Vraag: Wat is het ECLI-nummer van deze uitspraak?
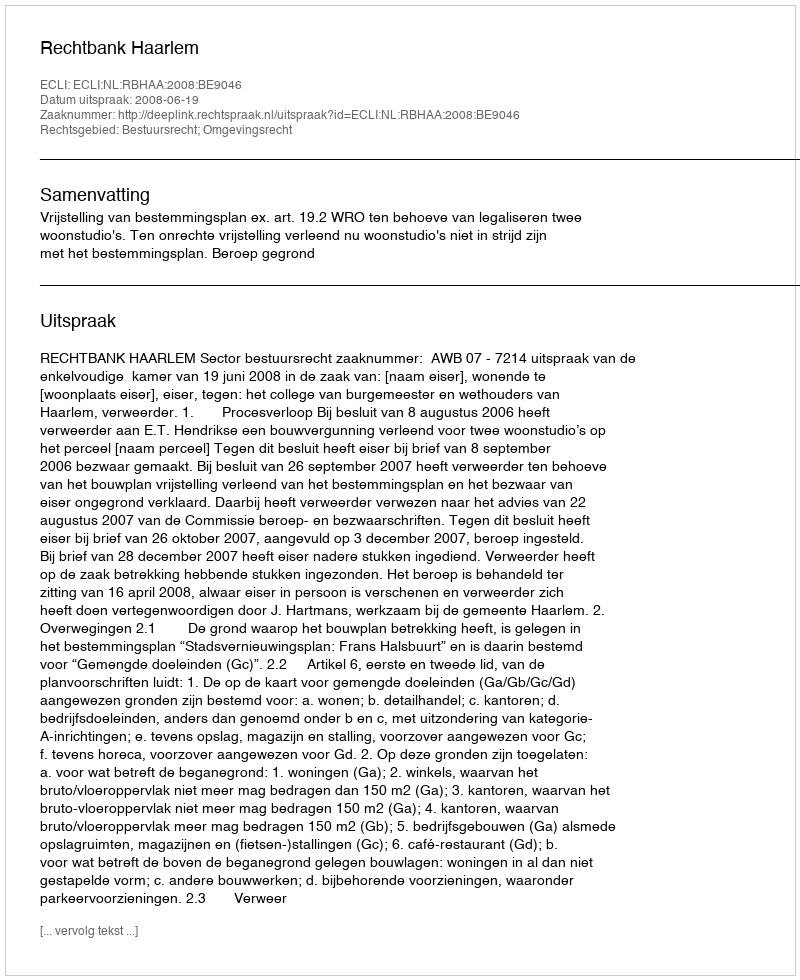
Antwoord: ECLI:NL:RBHAA:2008:BE9046